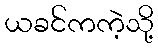
ယခင်ကကဲ့သို့